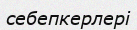
себепкерлері